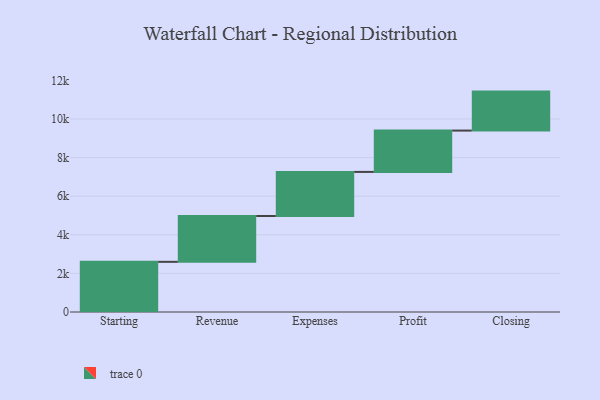
{"axis": {"x": "Step", "y": "Value"}, "legend": [""], "data": [{"x": "Starting", "y": 2599.0, "type": ""}, {"x": "Revenue", "y": 2376.0, "type": ""}, {"x": "Expenses", "y": 2283.0, "type": ""}, {"x": "Profit", "y": 2142.0, "type": ""}, {"x": "Closing", "y": 2019.0, "type": ""}]}